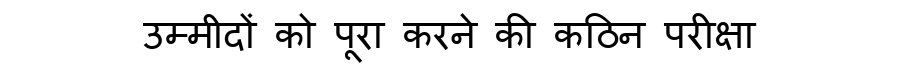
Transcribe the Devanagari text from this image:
उम्मीदों को पूरा करने की कठिन परीक्षा